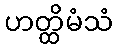
ဟတ္ထိမံသံ